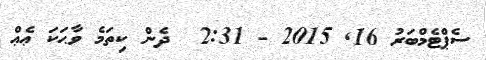
ސެޕްޓެމްބަރު 16